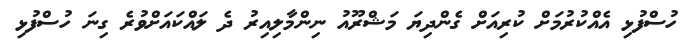
ހުސްފުޅި އެއްކުރުމަށް ކުރިއަށް ގެންދިޔަ މަޝްރޫއު ނިންމާލިއިރު ދެ ލައްކައަށްވުރެ ގިނަ ހުސްފުޅި